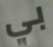
بي